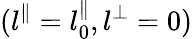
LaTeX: (l^{\parallel}=l_{0}^{\parallel},l^{\perp}=0)